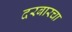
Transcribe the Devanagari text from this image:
दरबारचा